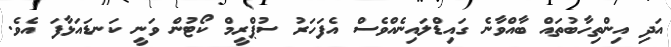
އަދި އިންތިހާބުތައް ބާއްވާނެ ގައިޑްލައިނެއްވެސް އެފަހަރު ސުޕްރީމް ކޯޓުން ވަނީ ކަނޑައަޅާފަ އެވެ.